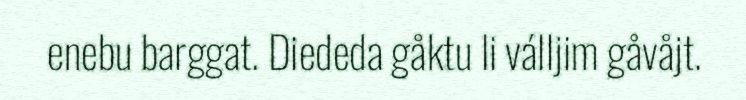
enebu barggat. Diededa gåktu li válljim gåvåjt.